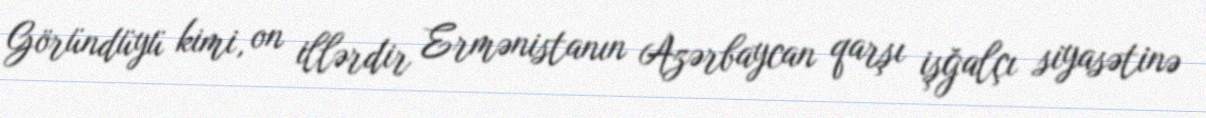
Göründüyü kimi, on illərdir Ermənistanın Azərbaycan qarşı işğalçı siyasətinə